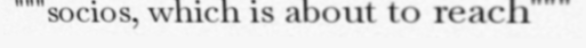
"""socios, which is about to reach"""